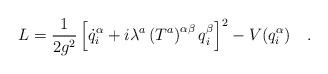
LaTeX: \begin{align*}L=\frac{1}{2g^2}\left[\dot{q}^\alpha_i+i\lambda^a\left(T^a\right)^{\alpha\beta}q^\beta_i\right]^2-V(q^\alpha_i)\ \ \ .\end{align*}